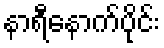
နာရီနောက်ပိုင်း